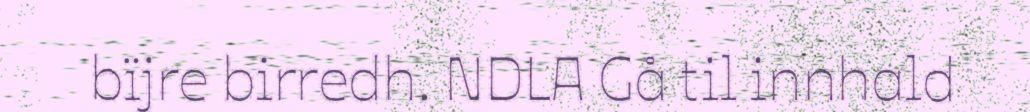
bïjre birredh. NDLA Gå til innhald